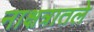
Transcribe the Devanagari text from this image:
नाक्षत्रातले